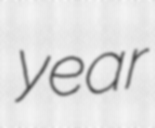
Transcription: year